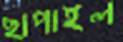
ছাপাইল